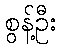
စွန့်ဦး